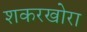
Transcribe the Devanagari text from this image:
शकरखोरा